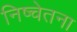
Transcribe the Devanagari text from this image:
निष्चेतना